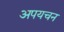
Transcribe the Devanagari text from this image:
अपयचन